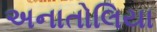
અનાતોલિયા